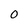
Character: O